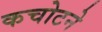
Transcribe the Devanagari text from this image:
कचोटने